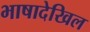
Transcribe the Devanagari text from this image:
भाषादेखिल